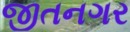
જીતનગર